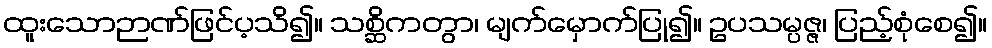
ထူးသောဉာဏ်ဖြင်ပ့သိ၍။ သစ္ဆိကတွာ၊ မျက်မှောက်ပြု၍။ ဥပသမ္ပဇ္ဇ၊ ပြည့်စုံစေ၍။